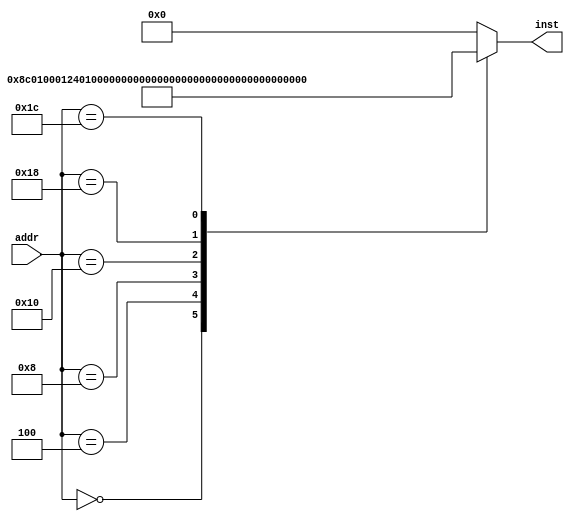
module inst_memory(
	input [31:0] addr, 
	output reg [31:0] inst);

always @(*) //   
begin 
	case(addr)
		32'h00000000: inst = 32'b100011_00000_00001_0000000000000001; //	Load Word	r2 = ${&r1+inst}
		32'h00000004: inst = 32'b001001_00000_00001_0000000000000101; // Add Immediate Unsigned $r2=$r1+inst
		32'h00000008: inst = 32'b000100_00001_00001_0000000000000001; //	Branch On Equal if($r1==$r2) go to PC+4+inst 
		32'h00000010: inst = 32'b000010_00000000000000000000011000; // Jump	go to address 
		32'h00000018: inst = 32'b000000_00000_00001_00010_00000_100001; // Add Unsigned $r3=$r1 + $r2
		32'h0000001C: inst = 32'b101011_00011_00010_0000000000000001; //	Store Word Memory[$r1+inst]=$r2

		default: inst <= 0;
	endcase 
end

endmodule